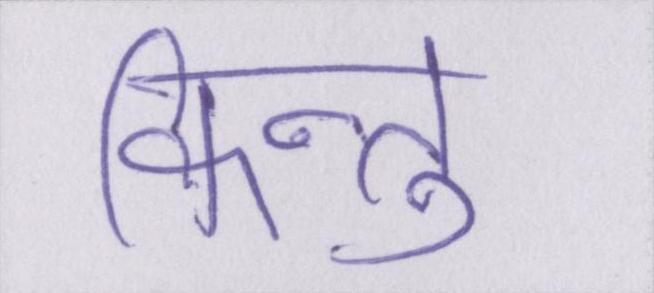
किन्तु